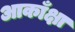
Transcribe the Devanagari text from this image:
आकाँक्षा